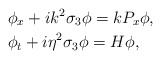
\begin{align*}&\phi_x+ik^2\sigma_3\phi=kP_x\phi,\\&\phi_t+i\eta^2\sigma_3\phi=H\phi,\end{align*}